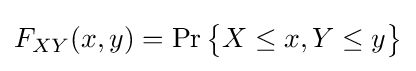
F_{XY}(x,y)=\Pr {\begin{Bmatrix}X\leq {x},Y\leq {y}\end{Bmatrix}}